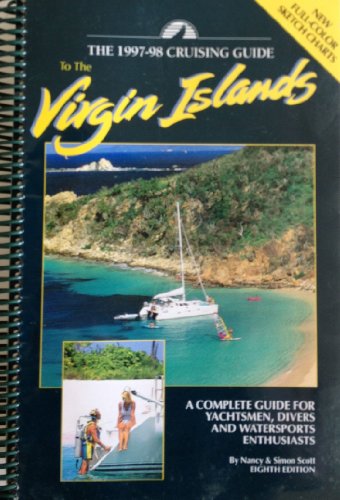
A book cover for Cruising Guide to the Virgin Islands: 1997-98; Nancy Scott; Travel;